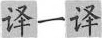
议一议